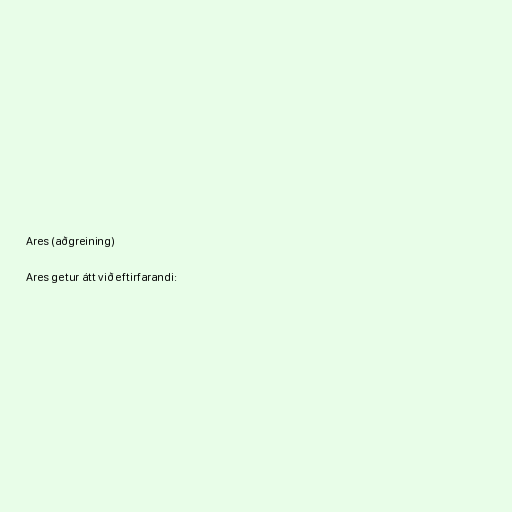
Ares (aðgreining)

Ares getur átt við eftirfarandi: